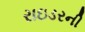
રાઇડરની